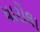
ધારોલા